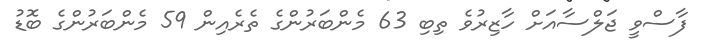
ފާސްވީ ޖަލްސާއަށް ހާޒިރުވެ ތިބި 63 މެންބަރުންގެ ތެރެއިން 59 މެންބަރުންގެ ބޮޑު